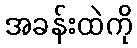
အခန်းထဲကို